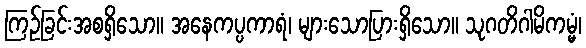
ကြဉ်ခြင်းအစရှိသော။ အနေကပ္ပကာရံ၊ များသောပြားရှိသော။ သုဂတိဂါမိကမ္မံ၊